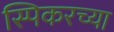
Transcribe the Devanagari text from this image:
स्पिकरच्या